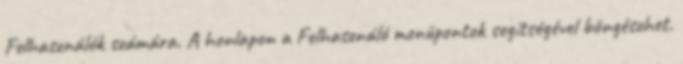
Felhasználók számára. A honlapon a Felhasználó menüpontok segítségével böngészhet.